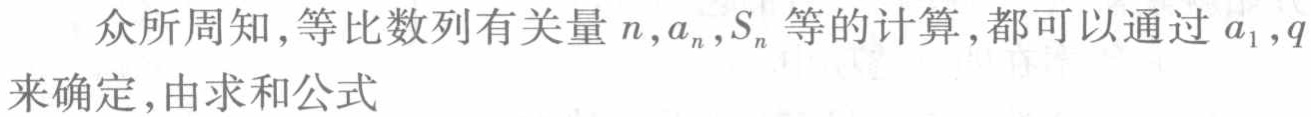
众所周知，等比数列有关量\(n,a_{n},S_{n}\)等的计算，都可以通过\(a_{1},q\)来确定，由求和公式